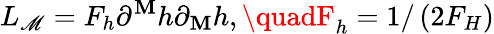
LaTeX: L_{\mathscr{M}}=F_{h}\partial^{\mathbf{M}}h\partial_{\mathbf{M}}h,\quadF_{h}=1/\left(2F_{H}\right)